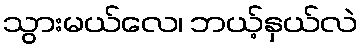
သွားမယ်လေ၊ ဘယ့်နှယ်လဲ